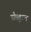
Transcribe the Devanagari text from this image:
पोस्तुरल